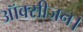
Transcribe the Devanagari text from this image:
ऑक्सीजन।